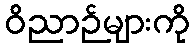
ဝိညာဉ်များကို